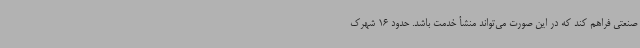
صنعتی فراهم کند که در این صورت می‌تواند منشأ خدمت باشد. حدود 16 شهرک